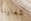
شعارنا